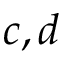
c , d